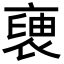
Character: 褏